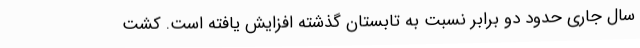
سال جاری حدود دو برابر نسبت به تابستان گذشته افزایش یافته است. کشت